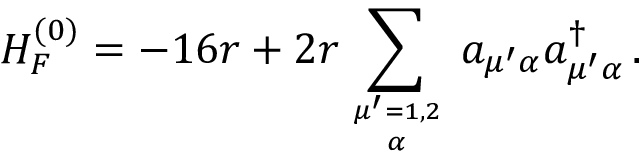
H _ { F } ^ { ( 0 ) } = - 1 6 r + 2 r \sum _ { { \mu ^ { \prime } = 1 , 2 } \atop \alpha } \, a _ { \mu ^ { \prime } \alpha } a _ { \mu ^ { \prime } \alpha } ^ { \dagger } \, .